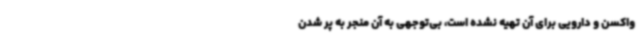
واکسن و دارویی برای آن تهیه نشده است، بی‌توجهی به آن منجر به پر شدن